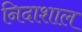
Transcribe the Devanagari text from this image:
निदाशाल